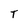
Character: T